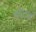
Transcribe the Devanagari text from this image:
फोटार्ड